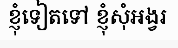
ខ្ញុំទៀតទៅ ខ្ញុំសុំអង្វរ